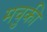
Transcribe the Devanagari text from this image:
मचुकी